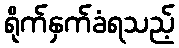
ရိုက်နှက်ခံရသည့်